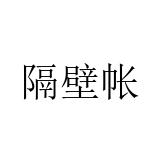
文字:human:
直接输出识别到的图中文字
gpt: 隔壁帐